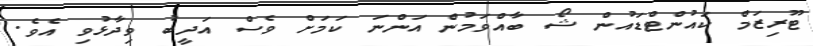
ޓޫރިޒަމް ކައުންޓްޑައުން ޝޯ ބާއްވަމުން އަންނަ ކަމަށް ވެސް އަދީބު ވިދާޅުވި އެވެ.